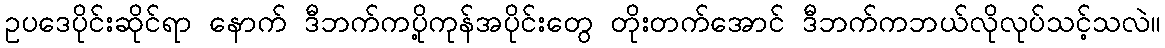
ဥပဒေပိုင်းဆိုင်ရာ နောက် ဒီဘက်ကပို့ကုန်အပိုင်းတွေ တိုးတက်အောင် ဒီဘက်ကဘယ်လိုလုပ်သင့်သလဲ။